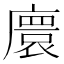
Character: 𫸁